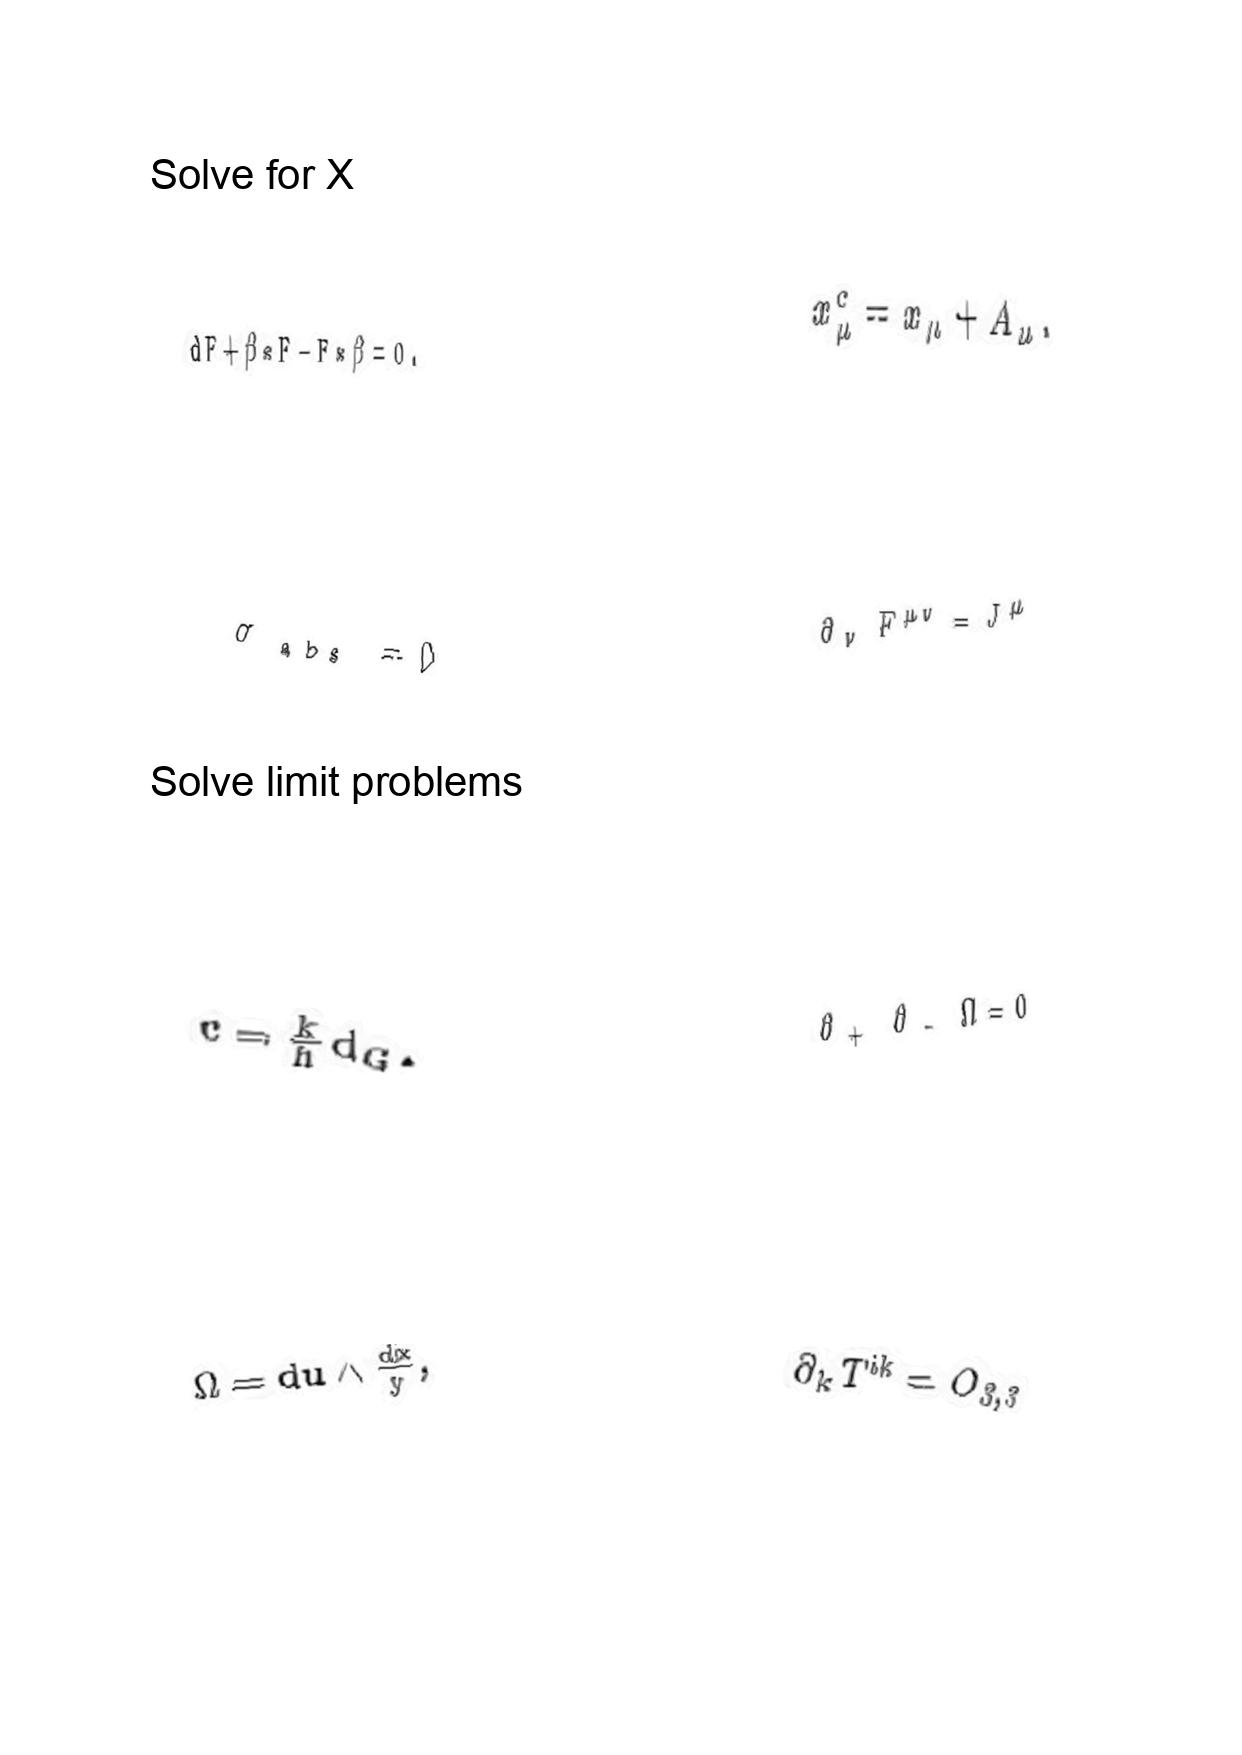
LaTeX transcription:
d F + \beta \ast F - F \ast \beta = 0 .
\sigma _ { \mathrm { a b s } } = 0
c = \frac { k } { h } d _ { G } .
\Omega = d u \wedge \frac { d x } { y } ,
x _ { \mu } ^ { c } = x _ { \mu } + A _ { \mu } .
\partial _ { \nu } F ^ { \mu \nu } = J ^ { \mu }
\partial _ { + } \partial _ { - } \Omega = 0
\partial _ { k } T ^ { i k } = O _ { 3 , 3 }